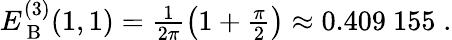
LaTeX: \begin{array}{r}{E_{\mathrm{~B~}}^{(3)}(1,1)=\frac{1}{2\pi}\left(1+\frac{\pi}{2}\right)\approx 0.409\ 155\; .}\end{array}